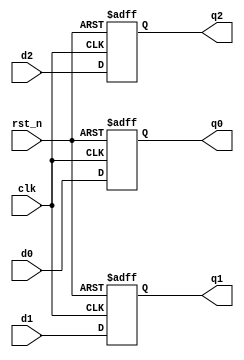
/* --------------------------------------------------------------------------------
 This file is part of FPGA Median Filter.

    FPGA Median Filter is free software: you can redistribute it and/or modify
    it under the terms of the GNU General Public License as published by
    the Free Software Foundation, either version 3 of the License, or
    (at your option) any later version.

    FPGA Median Filter is distributed in the hope that it will be useful,
    but WITHOUT ANY WARRANTY; without even the implied warranty of
    MERCHANTABILITY or FITNESS FOR A PARTICULAR PURPOSE.  See the
    GNU General Public License for more details.

    You should have received a copy of the GNU General Public License
    along with FPGA Median Filter.  If not, see <http://www.gnu.org/licenses/>.
-------------------------------------------------------------------------------- */
/* +----------------------------------------------------------------------------
   Universidade Federal da Bahia
  ------------------------------------------------------------------------------
   PROJECT: FPGA Median Filter
  ------------------------------------------------------------------------------
   FILE NAME            : pixel_network.v
   AUTHOR               : Joo Carlos Bittencourt
   AUTHOR'S E-MAIL      : joaocarlos@ieee.org
   -----------------------------------------------------------------------------
   RELEASE HISTORY
   VERSION  DATE        AUTHOR        DESCRIPTION
   1.0      2013-08-13  joao.nunes    initial version
   -----------------------------------------------------------------------------
   KEYWORDS: dff, flip-flop, register bank
   -----------------------------------------------------------------------------
   PURPOSE: Group median pipeline registers.
   ----------------------------------------------------------------------------- */
module dff_3_pipe
#(
    parameter DATA_WIDTH = 8
)(
    input clk,
    input rst_n,
    input [DATA_WIDTH-1:0] d0,
    input [DATA_WIDTH-1:0] d1,
    input [DATA_WIDTH-1:0] d2,

    output reg [DATA_WIDTH-1:0] q0,
    output reg [DATA_WIDTH-1:0] q1,
    output reg [DATA_WIDTH-1:0] q2
);

always @(posedge clk or negedge rst_n)
begin : register_bank_3u
    if(~rst_n) begin
        q0 <= {DATA_WIDTH{1'b0}};
        q1 <= {DATA_WIDTH{1'b0}};
        q2 <= {DATA_WIDTH{1'b0}};
    end else begin
        q0 <= d0;
        q1 <= d1;
        q2 <= d2;
    end
end

endmodule